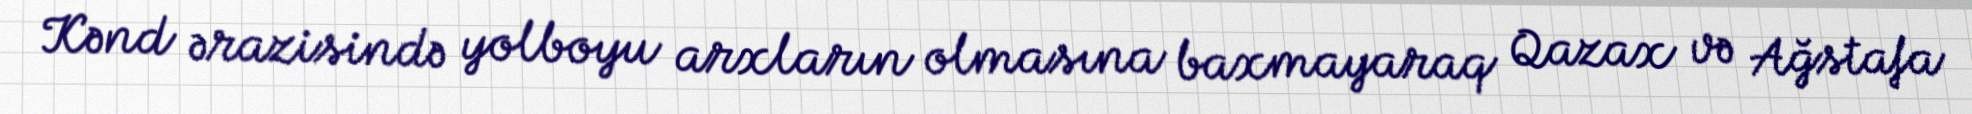
Kənd ərazisində yolboyu arxların olmasına baxmayaraq Qazax və Ağstafa